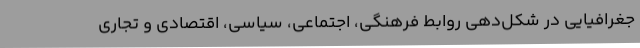
جغرافيايی در شكل‌دهی روابط فرهنگی، ‌اجتماعی، سياسی، اقتصادی و تجاری